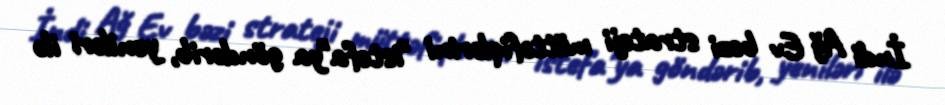
İndi Ağ Ev bəzi strateji müttəfiqlərini "istefa"ya göndərib, yeniləri ilə